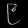
Digit: ၉